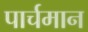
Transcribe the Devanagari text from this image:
पार्चमान